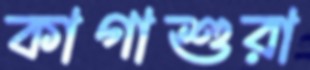
কাগাশুরা